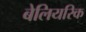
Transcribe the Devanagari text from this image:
बेलियरिक